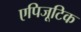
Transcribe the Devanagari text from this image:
एपिजूटिक